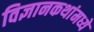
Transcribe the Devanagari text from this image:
विज्ञानकथांमध्ये